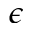
\epsilon